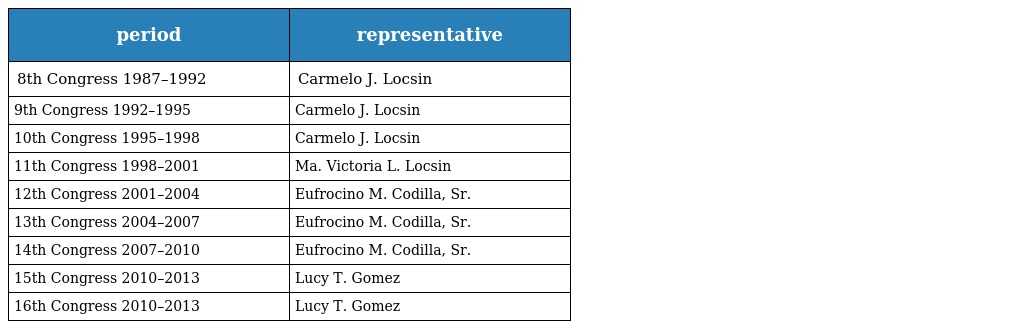
| period | representative |
 | --- | --- |
 | 8th Congress 1987–1992 | Carmelo J. Locsin |
 | 9th Congress 1992–1995 | Carmelo J. Locsin |
 | 10th Congress 1995–1998 | Carmelo J. Locsin |
 | 11th Congress 1998–2001 | Ma. Victoria L. Locsin |
 | 12th Congress 2001–2004 | Eufrocino M. Codilla, Sr. |
 | 13th Congress 2004–2007 | Eufrocino M. Codilla, Sr. |
 | 14th Congress 2007–2010 | Eufrocino M. Codilla, Sr. |
 | 15th Congress 2010–2013 | Lucy T. Gomez |
 | 16th Congress 2010–2013 | Lucy T. Gomez |